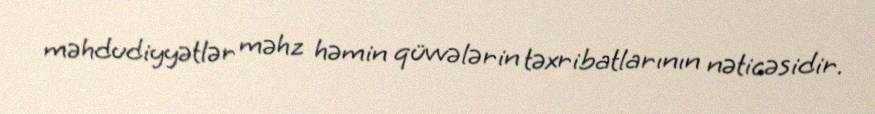
məhdudiyyətlər məhz həmin qüvvələrin təxribatlarının nəticəsidir.